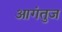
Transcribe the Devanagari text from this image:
आगंतुज